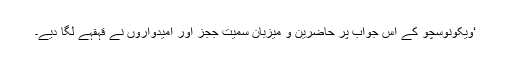
‘ویکونوسچو کے اِس جواب پر حاضرین و میزبان سمیت ججز اور اُمیدواروں نے قہقہے لگا دیے۔